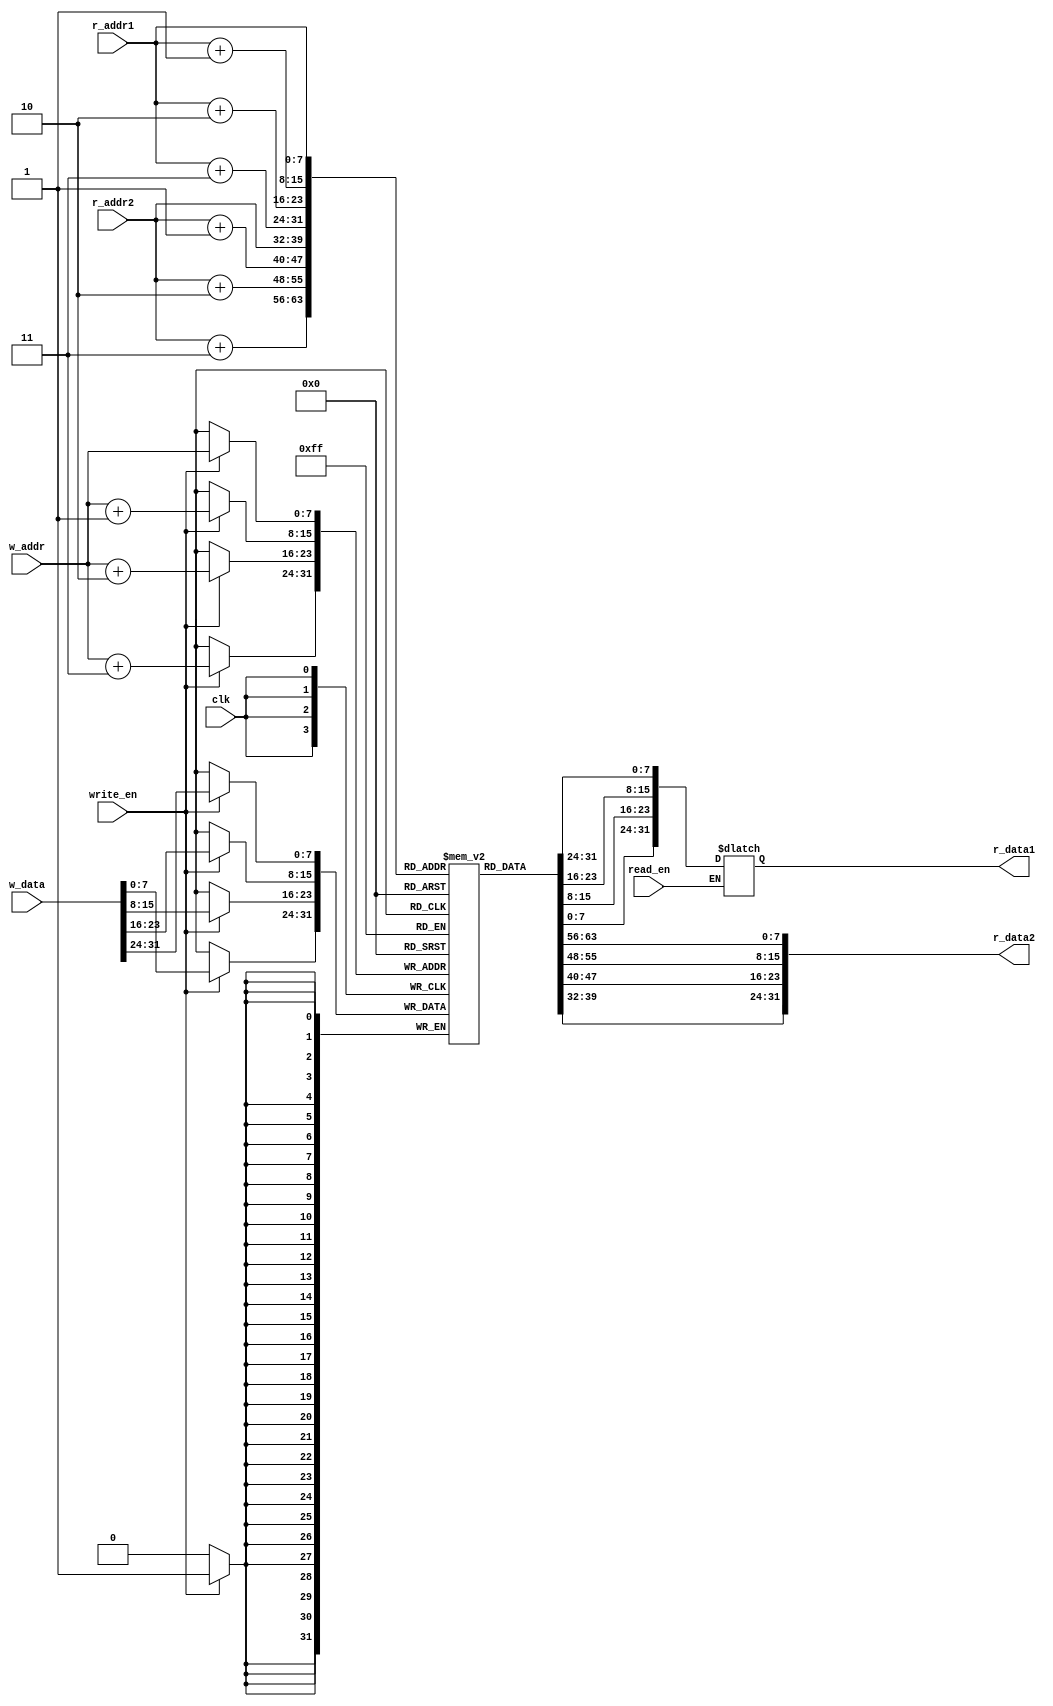
module dmemory
#(
    parameter B = 8,
    parameter N = 8
)
(
    input wire clk,
    input wire [N-1:0] r_addr1,
    input wire [N-1:0] r_addr2,
    input wire [N-1:0] w_addr,
    input wire [4*B-1:0] w_data,
    input wire write_en,
    input wire read_en,
    output reg [4*B-1:0] r_data1,
    output wire [4*B-1:0] r_data2
);

reg [B-1 : 0] mem [0 : 2**(N)-1];

assign r_data2 = {mem[r_addr2], mem[r_addr2 + 1], mem[r_addr2 + 2], mem[r_addr2 + 3]};

always @* begin
    if(read_en) begin
        r_data1 = {mem[r_addr1], mem[r_addr1 + 1], mem[r_addr1 + 2], mem[r_addr1 + 3]};
    end
    $display($time, "\t %0d, %0d, %0d, %0d, %0d",  mem[3], mem[7], mem[11], mem[15], mem[19]);
end


initial begin
    mem[0] = 8'b00000000;
	mem[1] = 8'b00000000;
	mem[2] = 8'b00000000;
	mem[3] = 8'b00000011;
	mem[4] = 8'b00000000;
	mem[5] = 8'b00000000;
	mem[6] = 8'b00000000;
	mem[7] = 8'b00000101;
	mem[8] = 8'b00000000;
	mem[9] = 8'b00000000;
	mem[10] = 8'b00000000;
	mem[11] = 8'b00000010;
	mem[12] = 8'b00000000;
	mem[13] = 8'b00000000;
	mem[14] = 8'b00000000;
	mem[15] = 8'b00000001;
	mem[16] = 8'b00000000;
	mem[17] = 8'b00000000;
	mem[18] = 8'b00000000;
	mem[19] = 8'b00000100;
end

// 00000100000010000000000000000101
// 00000100000010010000000000000001
// 00000100000010100000000000000001
// 00100001010010000000000000001011
// 00000000000010100111000010000111
// 00000000000011100110000000000001
// 00000001100000100110100000000010
// 00011001100010110000000000000000
// 00011001101011100000000000000000
// 00110101110010110000000000000011
// 00011101100011100000000000000000
// 00101101101010110000000000000000
// 00000000000000000100100000000001
// 00000101010010100000000000000001
// 00111000000000000000000000000011
// 00100100000010010000000000000010
// 00000001000000010100000000000010
// 00111000000000000000000000000001

always @(posedge clk) begin
    if(write_en) begin
        mem[w_addr] <= w_data[31:24];
        mem[w_addr + 1] <= w_data[23:16];
        mem[w_addr + 2] <= w_data[15:8];
        mem[w_addr + 3] <= w_data[7:0];
    end
end

endmodule